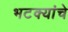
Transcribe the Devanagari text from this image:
भटक्यांचे